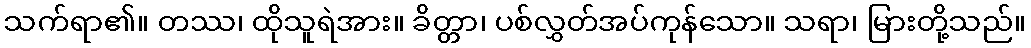
သက်ရာ၏။ တဿ၊ ထိုသူရဲအား။ ခိတ္တာ၊ ပစ်လွှတ်အပ်ကုန်သော။ သရာ၊ မြားတို့သည်။